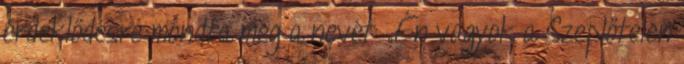
érdeklődésre mondta meg a nevét: „Én vagyok a Szeplőtelen